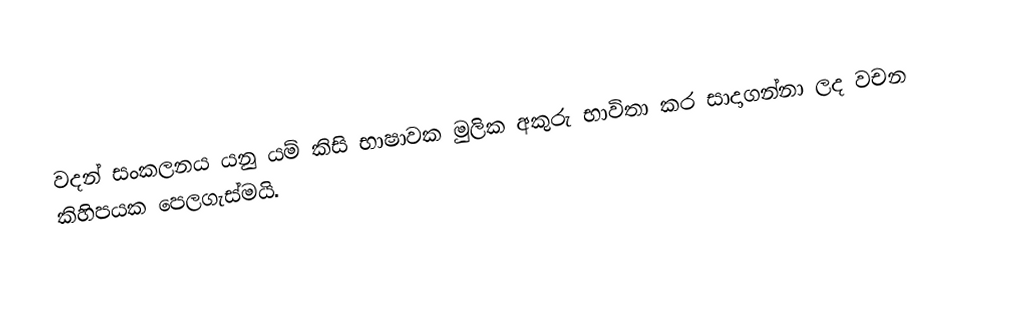
වදන් සංකලනය යනු යම් කිසි භාෂාවක මුලික අකුරු භාවිතා කර සාදාගන්නා ලද වචන කිහිපයක පෙලගැස්මයි.